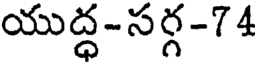
యుద్ధ-సర్గ-74